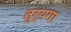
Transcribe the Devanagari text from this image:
तुर्यगा